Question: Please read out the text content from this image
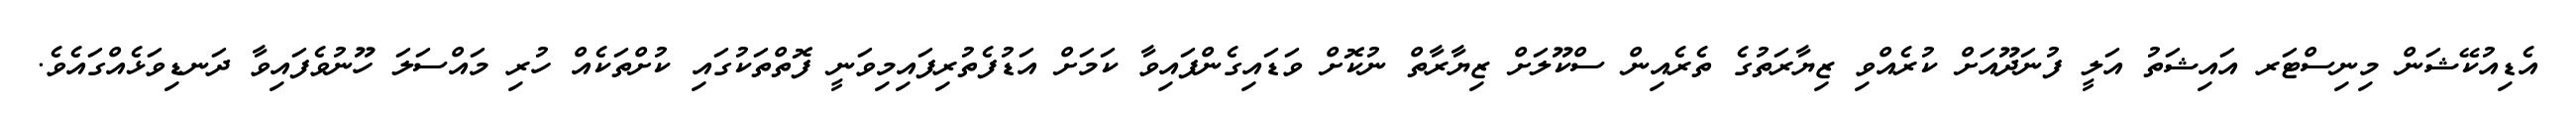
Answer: އެޑިއުކޭޝަން މިނިސްޓަރ އައިޝަތު އަލީ ފުނަދޫއަށް ކުރެއްވި ޒިޔާރަތުގެ ތެރެއިން ސްކޫލަށް ޒިޔާރާތް ނުކޮށް ވަޑައިގެންފައިވާ ކަމަށް އަޑުފެތުރިފައިމިވަނީ ފޮތްތަކުގައި ކުށްތަކެއް ހުރި މައްސަލަ ހޫނުވެފައިވާ ދަނޑިވަޅެއްގައެވެ.